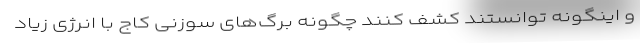
و اینگونه توانستند کشف کنند چگونه برگ‌های سوزنی کاج با انرژی زیاد